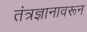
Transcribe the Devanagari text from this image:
तंत्रज्ञानावरून